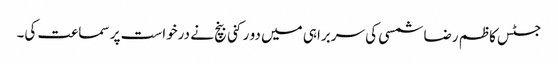
جسٹس کاظم رضا شمسی کی سربراہی میں دو رکنی بنچ نے درخواست پر سماعت کی۔